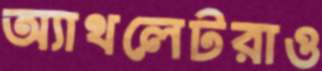
অ্যাথলেটরাও